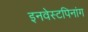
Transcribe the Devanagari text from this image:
इनवेस्टपिनांग